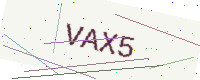
Text: VAX5